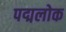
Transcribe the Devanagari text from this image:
पद्मलोक